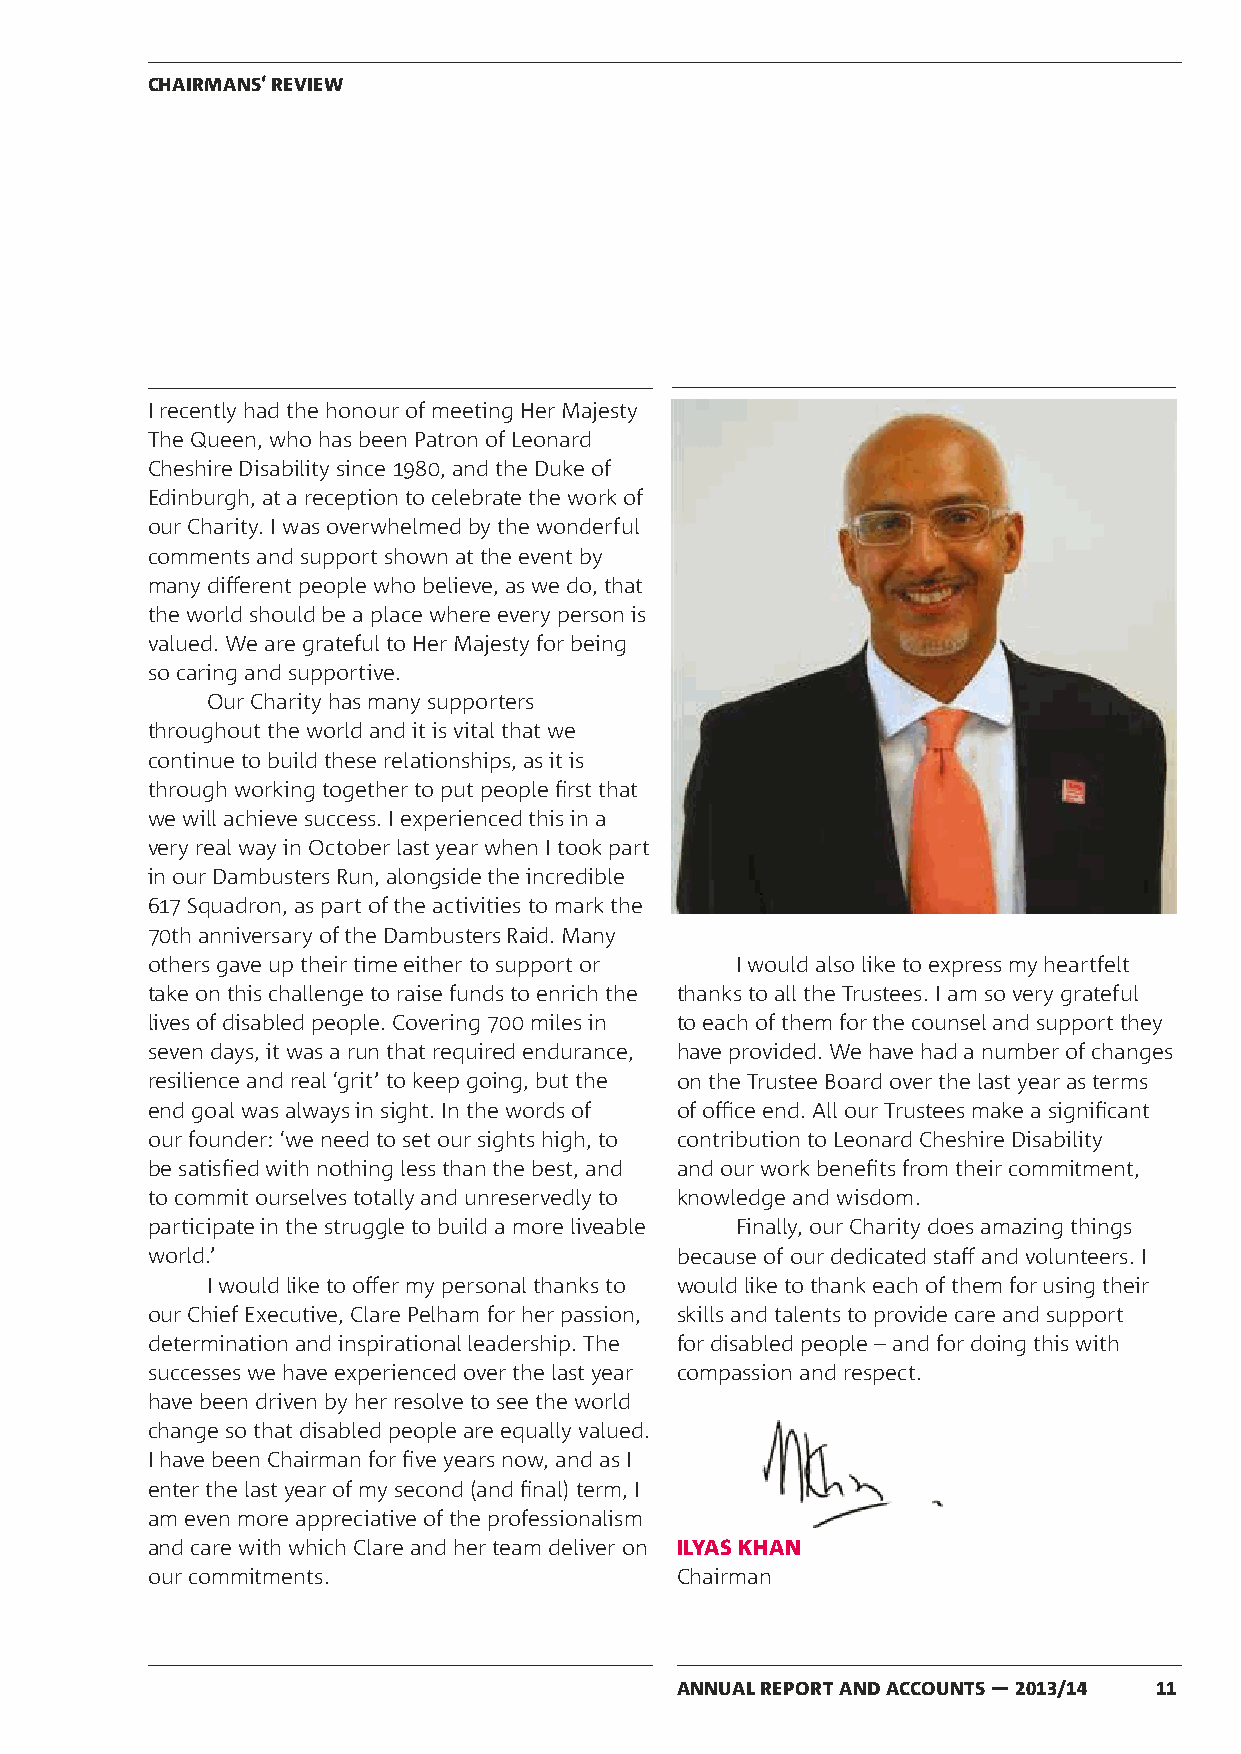
CHAIRMANS‘ REVIEW
 I recently had the honour of meeting Her Majesty
 The Queen, who has been Patron of Leonard
 Cheshire Disability since 1980, and the Duke of
 Edinburgh, at a reception to celebrate the work of
 our Charity. I was overwhelmed by the wonderful
 comments and support shown at the event by
 many different people who believe, as we do, that
 the world should be a place where every person is
 valued. We are grateful to Her Majesty for being
 so caring and supportive.
 Our Charity has many supporters
 throughout the world and it is vital that we
 continue to build these relationships, as it is
 through working together to put people first that
 we will achieve success. I experienced this in a
 very real way in October last year when I took part
 in our Dambusters Run, alongside the incredible
 617 Squadron, as part of the activities to mark the
 70th anniversary of the Dambusters Raid. Many
 others gave up their time either to support or I would also like to express my heartfelt
 take on this challenge to raise funds to enrich the thanks to all the Trustees. I am so very grateful
 lives of disabled people. Covering 700 miles in to each of them for the counsel and support they
 seven days, it was a run that required endurance, have provided. We have had a number of changes
 resilience and real ‘grit’ to keep going, but the on the Trustee Board over the last year as terms
 end goal was always in sight. In the words of of office end. All our Trustees make a significant
 our founder: ‘we need to set our sights high, to contribution to Leonard Cheshire Disability
 be satisfied with nothing less than the best, and and our work benefits from their commitment,
 to commit ourselves totally and unreservedly to knowledge and wisdom.
 participate in the struggle to build a more liveable Finally, our Charity does amazing things
 world.’                            because of our dedicated staff and volunteers. I
 I would like to offer my personal thanks to would like to thank each of them for using their
 our Chief Executive, Clare Pelham for her passion, skills and talents to provide care and support
 determination and inspirational leadership. The for disabled people – and for doing this with
 successes we have experienced over the last year compassion and respect.
 have been driven by her resolve to see the world
 change so that disabled people are equally valued.
 I have been Chairman for five years now, and as I
 enter the last year of my second (and final) term, I
 am even more appreciative of the professionalism
 and care with which Clare and her team deliver on ILYAS KHAN
 our commitments.                   Chairman
 ANNUAL REPORT AND ACCOUNTS — 2013/14 11